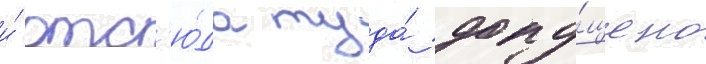
и́ отс'ю́да туда́ допу́щено